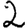
Digit: 2